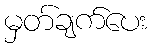
မှတ်ချက်ပေး